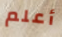
أعلم